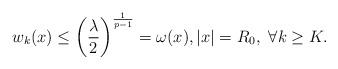
LaTeX: \begin{align*}w_k(x) \leq \left(\frac{\lambda}{2}\right)^{\frac{1}{p-1}} = \omega(x), |x|=R_0, \,\, \forall k\geq K.\end{align*}